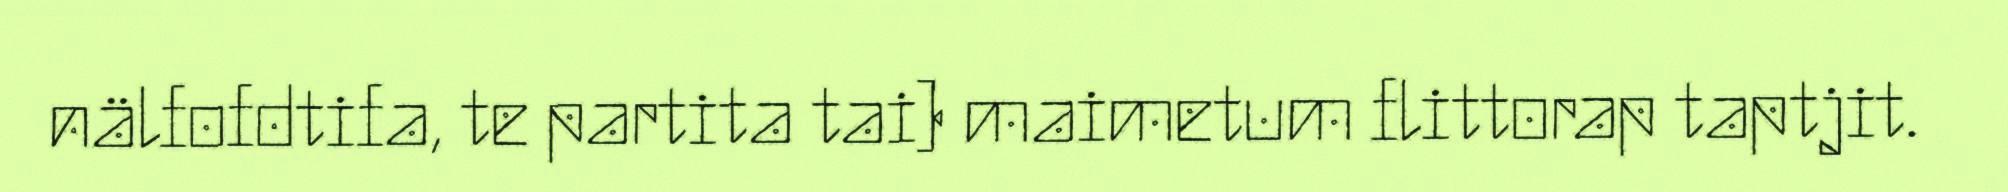
nälfofdtifa, te partita tai) maimetum flittorap taptjit.